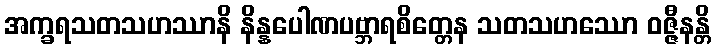
အက္ခရသတသဟဿာနိ နိန္နပေါဏပဗ္ဘာရစိတ္တေန သတသဟဿော ဝဇ္ဇီနန္တိ